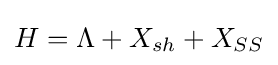
H=\Lambda +X_{sh}+X_{SS}